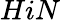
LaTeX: HiN